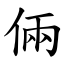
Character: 倆